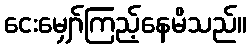
ငေးမျှော်ကြည့်နေမိသည်။